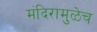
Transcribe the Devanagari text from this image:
मंदिरामुळेच